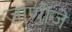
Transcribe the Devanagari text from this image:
जाणीजे